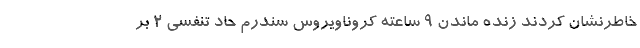
خاطرنشان کردند زنده ماندن ۹ ساعته کروناویروس سندرم حاد تنفسی ۲ بر